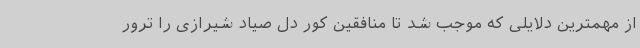
از مهمترین دلایلی که موجب شد تا منافقین کور دل صیاد شیرازی را ترور